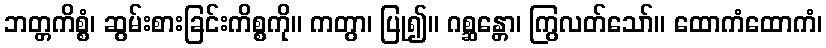
ဘတ္တကိစ္စံ၊ ဆွမ်းစားခြင်းကိစ္စကို။ ကတွာ၊ ပြု၍။ ဂစ္ဆန္တော၊ ကြွလတ်သော်။ ထောကံထောကံ၊